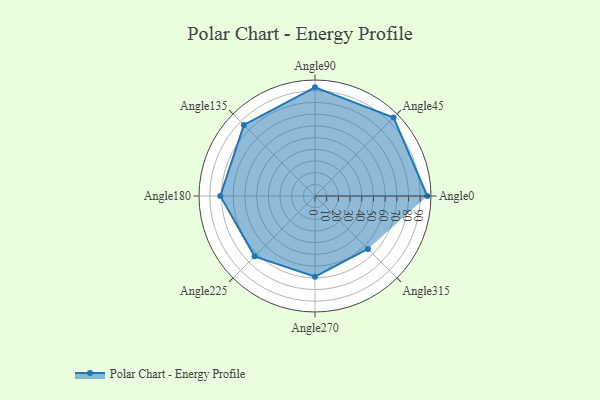
{"axis": {"x": "Angle", "y": "Radius"}, "legend": [""], "data": [{"x": "Angle0", "y": 96.0, "type": ""}, {"x": "Angle45", "y": 95.0, "type": ""}, {"x": "Angle90", "y": 93.0, "type": ""}, {"x": "Angle135", "y": 86.0, "type": ""}, {"x": "Angle180", "y": 81.0, "type": ""}, {"x": "Angle225", "y": 73.0, "type": ""}, {"x": "Angle270", "y": 69.0, "type": ""}, {"x": "Angle315", "y": 64.0, "type": ""}]}